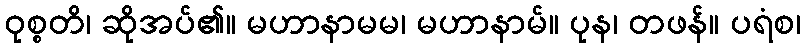
ဝုစ္စတိ၊ ဆိုအပ်၏။ မဟာနာမမ၊ မဟာနာမ်။ ပုန၊ တဖန်။ ပရံစ၊